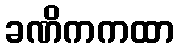
ခဏိကကထာ